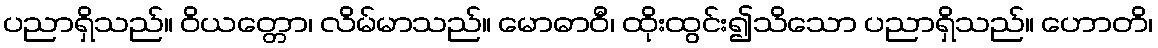
ပညာရှိသည်။ ဝိယတ္တော၊ လိမ်မာသည်။ မောဓာဝီ၊ ထိုးထွင်း၍သိသော ပညာရှိသည်။ ဟောတိ၊